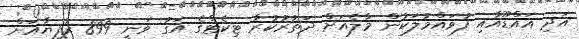
އަދި އައްޑޫއާއި ފުވައްމުލަކުން މާލެއަށް ދަތުރުކުރާ ޓިކެޓްގެ އަގު ވަނީ 899 ރުފިޔާއަށް